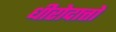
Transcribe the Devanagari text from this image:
धीरोदात्तो